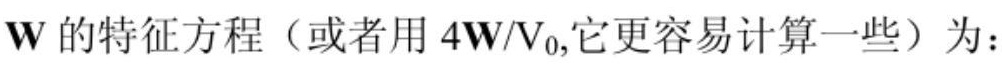
$\mathbf{W}$ 的特征方程（或者用 $4\mathbf{W}/V_0$,它更容易计算一些）为：